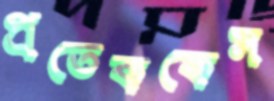
প্রতেককেস